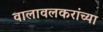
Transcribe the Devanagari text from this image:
वालावलकरांच्या